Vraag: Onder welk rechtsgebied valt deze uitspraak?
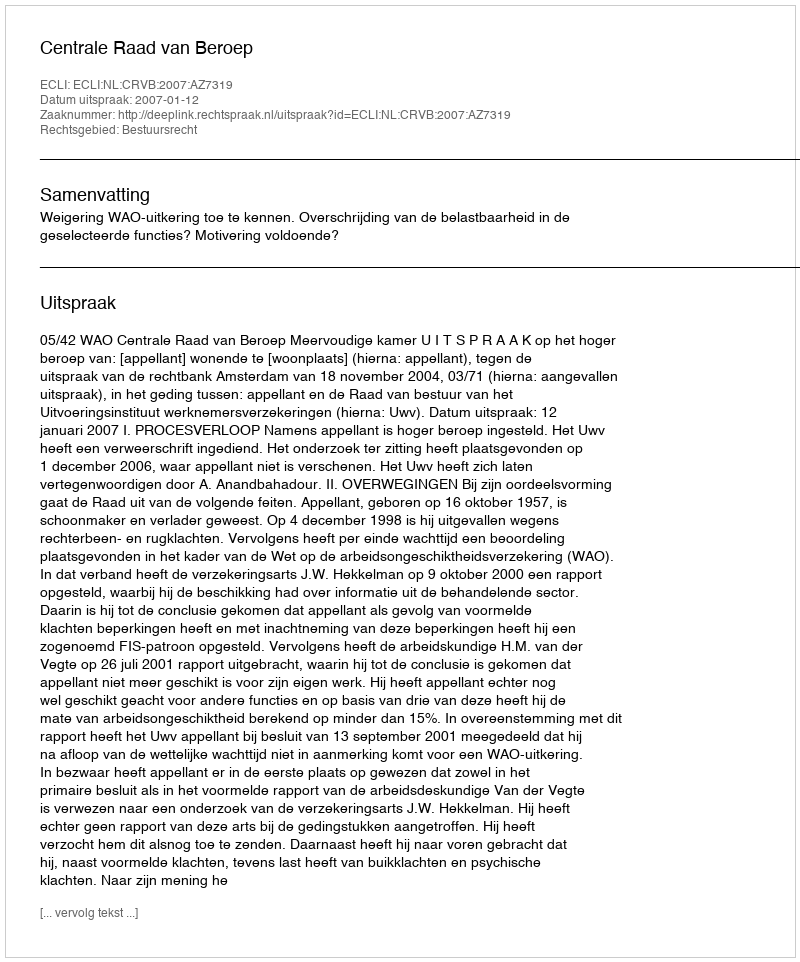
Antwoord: Bestuursrecht